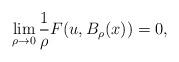
LaTeX: \begin{align*} \lim_{\rho \to 0} \frac{1}{\rho}F(u, B_{\rho}(x)) = 0, \end{align*}